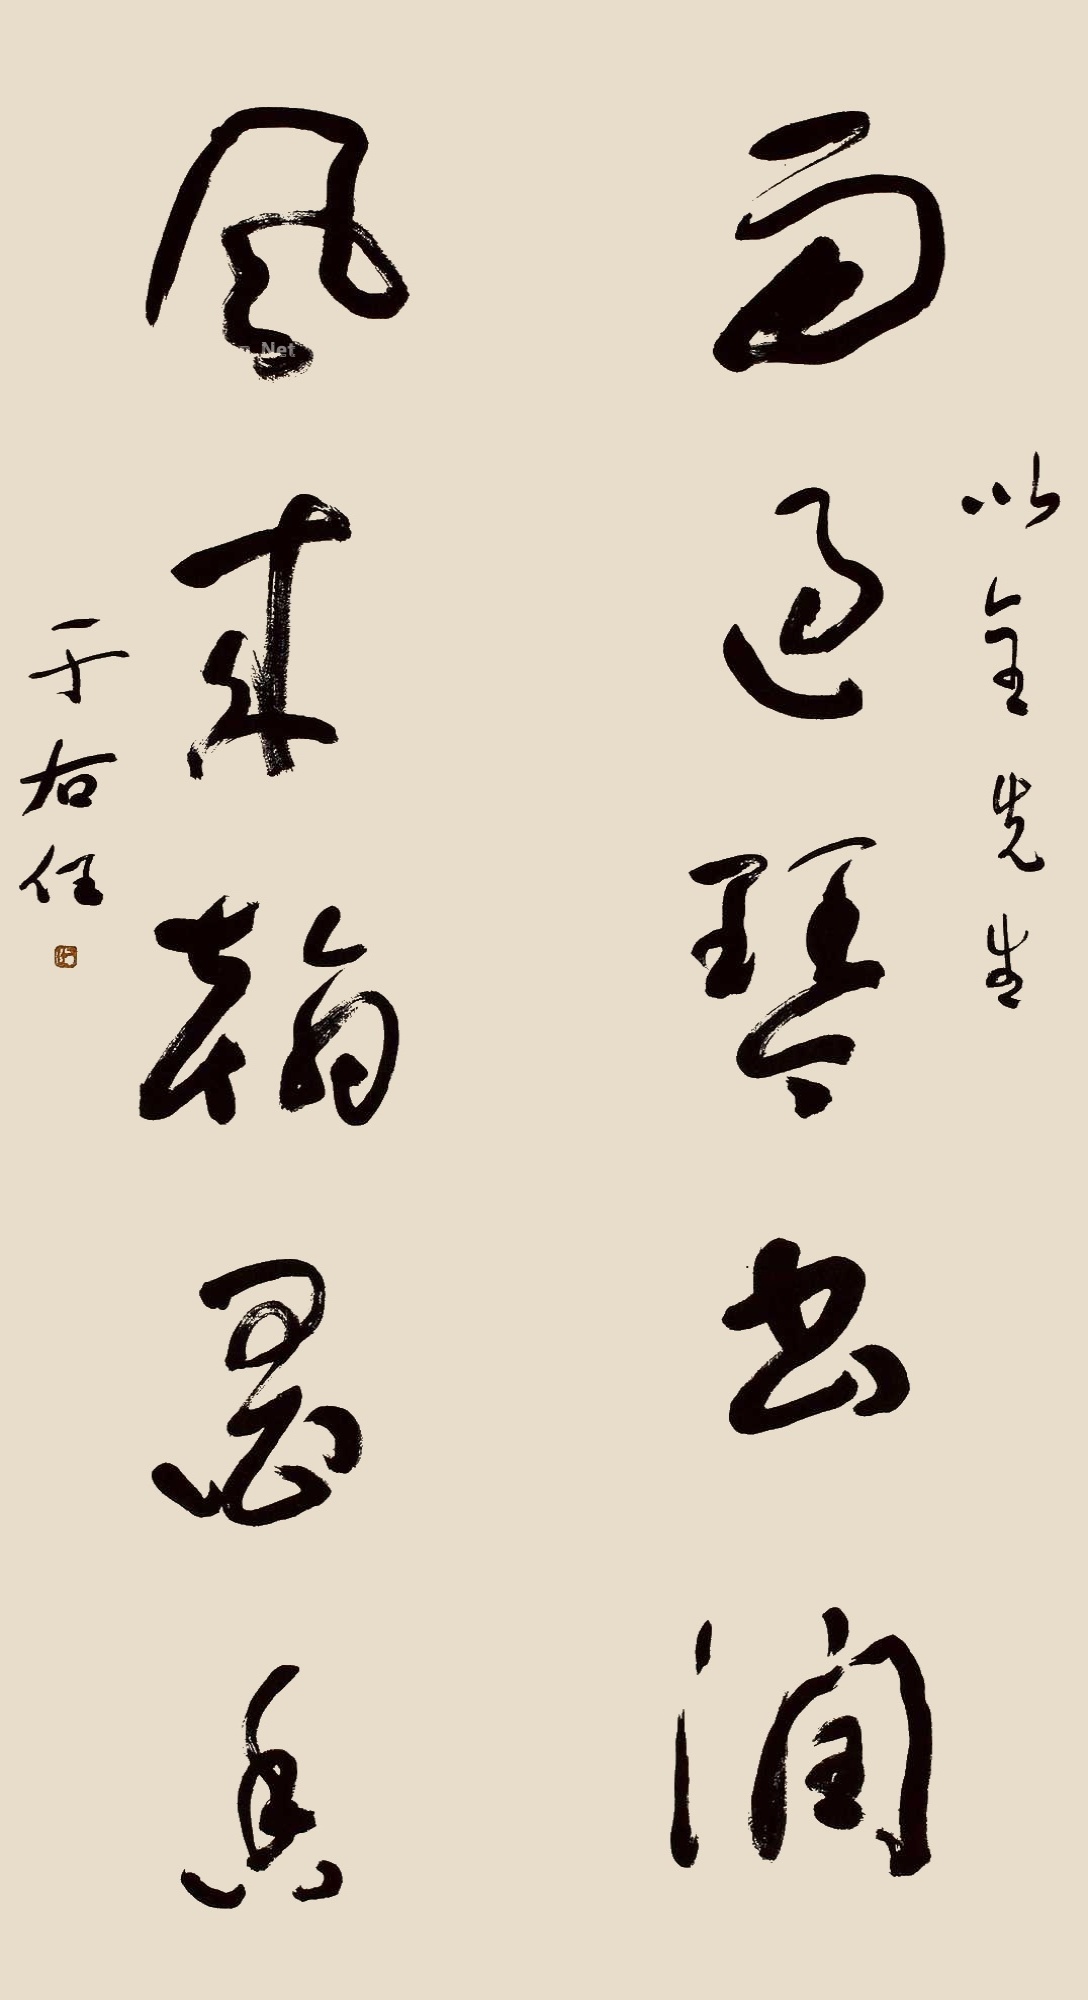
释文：雨过琴书润；风来翰墨香。以全先生，于右任。